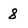
Character: 8